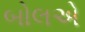
બોલએ